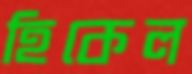
হিকেল